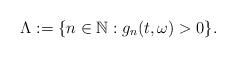
LaTeX: \begin{align*}\Lambda := \{ n\in\mathbb{N}: g_n(t,\omega)> 0\} .\end{align*}